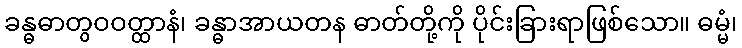
ခန္ဓဓာတွဝဝတ္ထာနံ၊ ခန္ဓာအာယတန ဓာတ်တို့ကို ပိုင်းခြားရာဖြစ်သော။ ဓမ္မံ၊